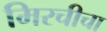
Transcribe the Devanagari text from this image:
मिरचीचा